Civil Veterinary Department ledger series I-VI
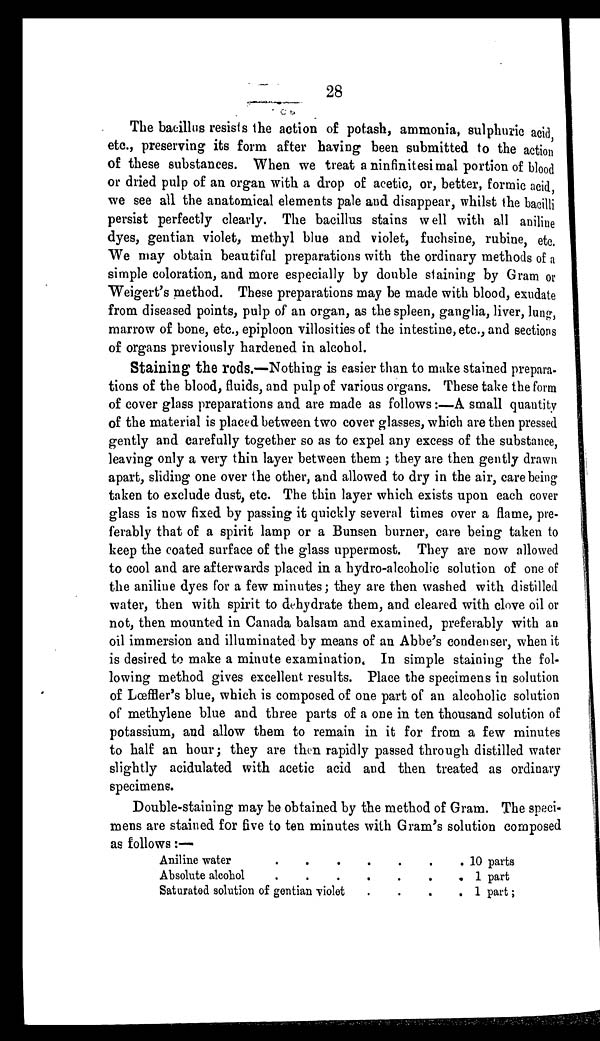
28
The bacillus resists the action of potash, ammonia, sulphuric acid,
etc., preserving its form after having been submitted to the action
of these substances. When we treat a ninfinitesimal portion of blood
or dried pulp of an organ with a drop of acetic, or, better, formic acid,
we see all the anatomical elements pale and disappear, whilst the bacilli
persist perfectly clearly. The bacillus stains well with all aniline
dyes, gentian violet, methyl blue and violet, fuchsine, rubine, etc.
We may obtain beautiful preparations with the ordinary methods of a
simple coloration, and more especially by double staining by Gram or
Weigert's method. These preparations may be made with blood, exudate
from diseased points, pulp of an organ, as the spleen, ganglia, liver, lung,
marrow of bone, etc., epiploon villosities of the intestine, etc., and sections
of organs previously hardened in alcohol.
Staining the rods.—Nothing is easier than to make stained prepara-
tions of the blood, fluids, and pulp of various organs. These take the form
of cover glass preparations and are made as follows:—A small quantity
of the material is placed between two cover glasses, which are then pressed
gently and carefully together so as to expel any excess of the substance,
leaving only a very thin layer between them; they are then gently drawn
apart, sliding one over the other, and allowed to dry in the air, care being
taken to exclude dust, etc. The thin layer which exists upon each cover
glass is now fixed by passing it quickly several times over a flame, pre-
ferably that of a spirit lamp or a Bunsen burner, care being taken to
keep the coated surface of the glass uppermost. They are now allowed
to cool and are afterwards placed in a hydro-alcoholic solution of one of
the aniline dyes for a few minutes; they are then washed with distilled
water, then with spirit to dehydrate them, and cleared with clove oil or
not, then mounted in Canada balsam and examined, preferably with an
oil immersion and illuminated by means of an Abbe's condenser, when it
is desired to make a minute examination. In simple staining the fol-
lowing method gives excellent results. Place the specimens in solution
of Lœffler's blue, which is composed of one part of an alcoholic solution
of methylene blue and three parts of a one in ten thousand solution of
potassium, and allow them to remain in it for from a few minutes
to half an hour; they are then rapidly passed through distilled water
slightly acidulated with acetic acid and then treated as ordinary
specimens.
Double-staining may be obtained by the method of Gram. The speci-
mens are stained for five to ten minutes with Gram's solution composed
as follows :—
Aniline water
.
.
.
.
.
.
.
Absolute alcohol
.
.
.
.
.
.
.
Saturated solution of gentian violet
.
.
.
.
10 parts
1 part
1 part ;